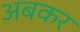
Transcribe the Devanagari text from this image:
अबकर